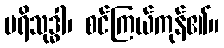
ပရိသုဒ္ဓါ၊ စင်ကြယ်ကုန်၏။